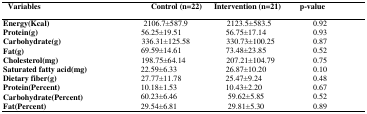
| Variables | Control (n=22) | Intervention (n=21) | p-value |
 | --- | --- | --- | --- |
 | Energy(Kcal) | 2106.7±587.9 | 2123.5±583.5 | 0.92 |
 | Protein(g) | 56.25±19.51 | 56.75±17.14 | 0.93 |
 | Carbohydrate(g) | 336.31±125.58 | 330.73±100.25 | 0.87 |
 | Fat(g) | 69.59±14.61 | 73.48±23.85 | 0.52 |
 | Cholesterol(mg) | 198.75±64.14 | 207.21±104.79 | 0.75 |
 | Saturated fatty acid(mg) | 22.59±6.33 | 26.87±10.20 | 0.10 |
 | Dietary fiber(g) | 27.77±11.78 | 25.47±9.24 | 0.48 |
 | Protein(Percent) | 10.18±1.53 | 10.43±2.20 | 0.67 |
 | Carbohydrate(Percent) | 60.23±6.46 | 59.62±5.85 | 0.52 |
 | Fat(Percent) | 29.54±6.81 | 29.81±5.30 | 0.89 |